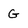
Character: G